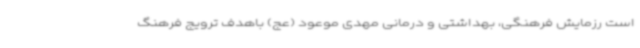
است رزمایش فرهنگی، بهداشتی و درمانی مهدی موعود (عج) باهدف ترویج فرهنگ